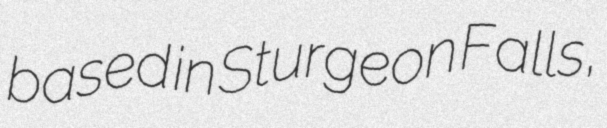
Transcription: based in Sturgeon Falls,